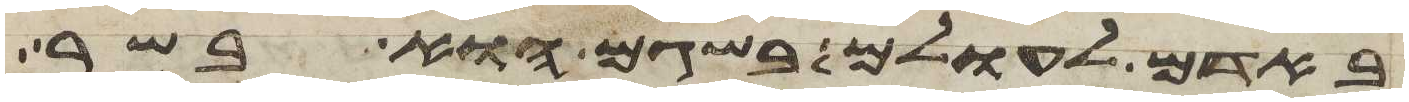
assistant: באדם לעולם בשגם הוא בשר